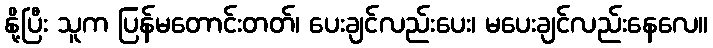
နို့ပြီး သူက ပြန်မတောင်းတတ်၊ ပေးချင်လည်းပေး၊ မပေးချင်လည်းနေလေ။